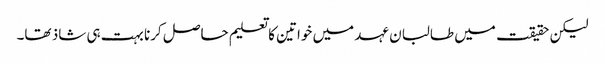
لیکن حقیقت میں طالبان عہد میں خواتین کا تعلیم حاصل کرنا بہت ہی شاذ تھا۔